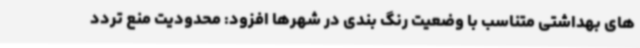
های بهداشتی متناسب با وضعیت رنگ بندی در شهرها افزود: محدودیت منع تردد